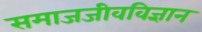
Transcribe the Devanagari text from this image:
समाजजीवविज्ञान